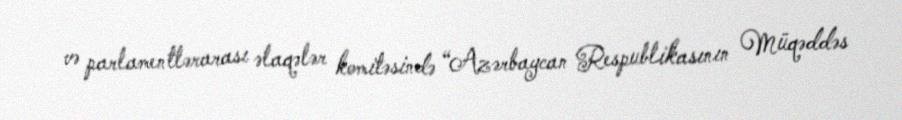
və parlamentlərarası əlaqələr komitəsində “Azərbaycan Respublikasının Müqəddəs